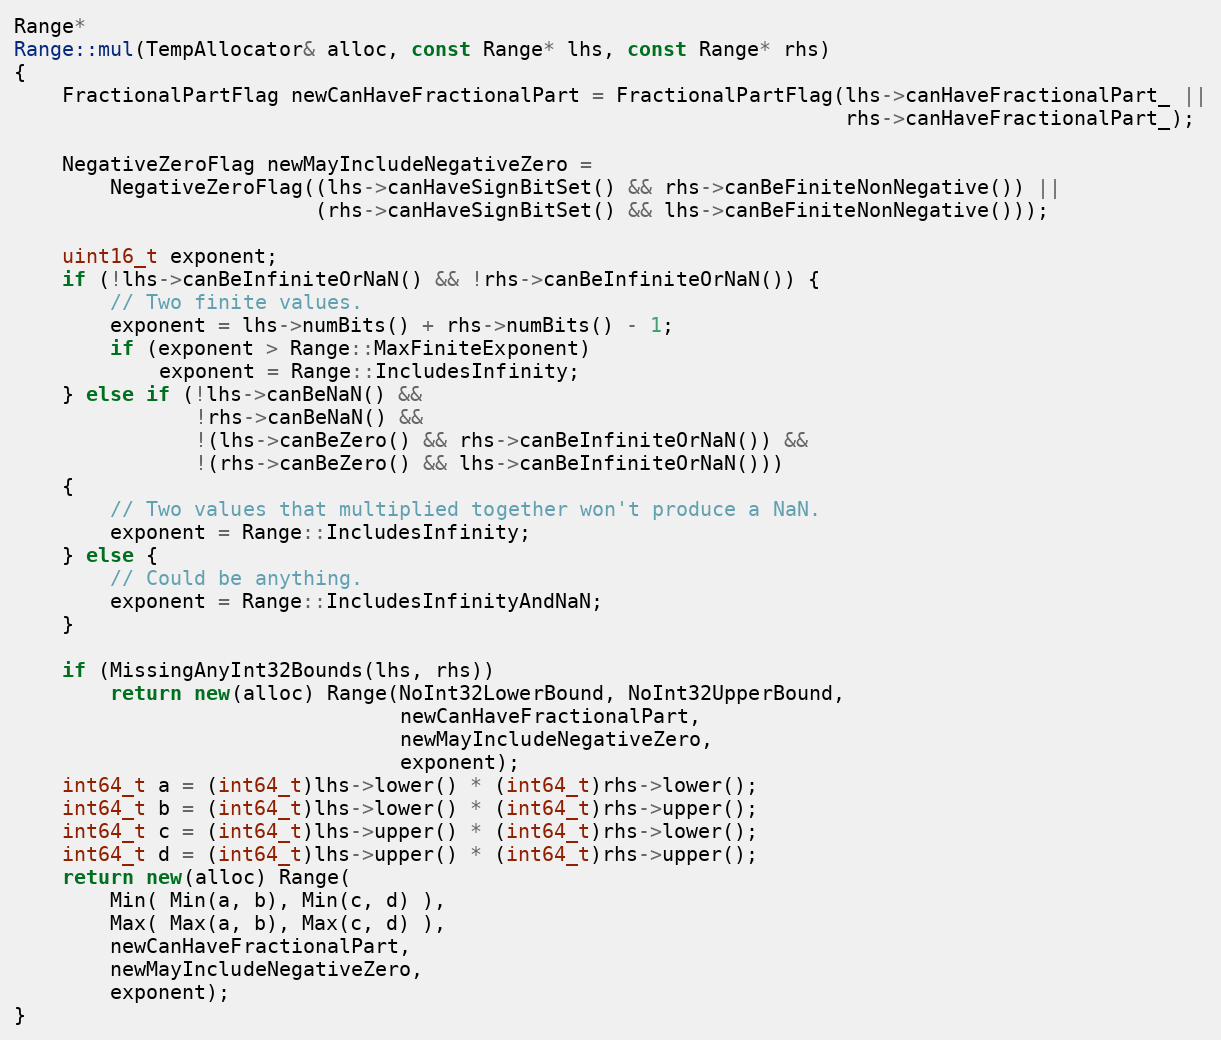
Language: C++
Range*
Range::mul(TempAllocator& alloc, const Range* lhs, const Range* rhs)
{
    FractionalPartFlag newCanHaveFractionalPart = FractionalPartFlag(lhs->canHaveFractionalPart_ ||
                                                                     rhs->canHaveFractionalPart_);

    NegativeZeroFlag newMayIncludeNegativeZero =
        NegativeZeroFlag((lhs->canHaveSignBitSet() && rhs->canBeFiniteNonNegative()) ||
                         (rhs->canHaveSignBitSet() && lhs->canBeFiniteNonNegative()));

    uint16_t exponent;
    if (!lhs->canBeInfiniteOrNaN() && !rhs->canBeInfiniteOrNaN()) {
        // Two finite values.
        exponent = lhs->numBits() + rhs->numBits() - 1;
        if (exponent > Range::MaxFiniteExponent)
            exponent = Range::IncludesInfinity;
    } else if (!lhs->canBeNaN() &&
               !rhs->canBeNaN() &&
               !(lhs->canBeZero() && rhs->canBeInfiniteOrNaN()) &&
               !(rhs->canBeZero() && lhs->canBeInfiniteOrNaN()))
    {
        // Two values that multiplied together won't produce a NaN.
        exponent = Range::IncludesInfinity;
    } else {
        // Could be anything.
        exponent = Range::IncludesInfinityAndNaN;
    }

    if (MissingAnyInt32Bounds(lhs, rhs))
        return new(alloc) Range(NoInt32LowerBound, NoInt32UpperBound,
                                newCanHaveFractionalPart,
                                newMayIncludeNegativeZero,
                                exponent);
    int64_t a = (int64_t)lhs->lower() * (int64_t)rhs->lower();
    int64_t b = (int64_t)lhs->lower() * (int64_t)rhs->upper();
    int64_t c = (int64_t)lhs->upper() * (int64_t)rhs->lower();
    int64_t d = (int64_t)lhs->upper() * (int64_t)rhs->upper();
    return new(alloc) Range(
        Min( Min(a, b), Min(c, d) ),
        Max( Max(a, b), Max(c, d) ),
        newCanHaveFractionalPart,
        newMayIncludeNegativeZero,
        exponent);
}